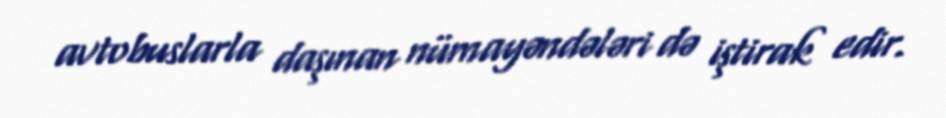
avtobuslarla daşınan nümayəndələri də iştirak edir.